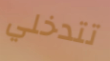
تتدخلي